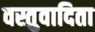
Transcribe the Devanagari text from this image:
वस्तुवादिता